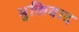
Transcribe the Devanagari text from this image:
भुक्तिवाद